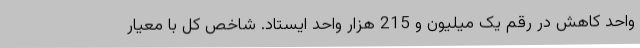
واحد کاهش در رقم یک میلیون و 215 هزار واحد ایستاد. شاخص کل با معیار